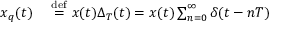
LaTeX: \begin{array} { r l } { x _ { q } ( t ) \ } & { { } { \stackrel { \mathrm { d e f } } { = } } \ x ( t ) \Delta _ { T } ( t ) = x ( t ) \sum _ { n = 0 } ^ { \infty } \delta ( t - n T ) } \end{array}